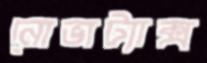
নোভাট্যাক্স